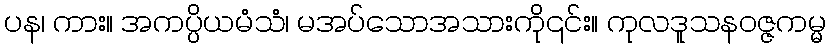
ပန၊ ကား။ အကပ္ပိယမံသံ၊ မအပ်သောအသားကို၎င်း။ ကုလဒူသနဝဇ္ဇကမ္မ